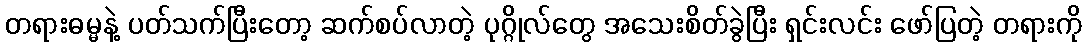
တရားဓမ္မနဲ့ ပတ်သက်ပြီးတော့ ဆက်စပ်လာတဲ့ ပုဂ္ဂိုလ်တွေ အသေးစိတ်ခွဲပြီး ရှင်းလင်း ဖော်ပြတဲ့ တရားကို